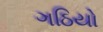
ગઠિયો